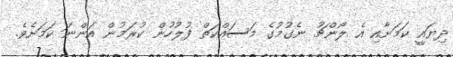
ދިޔައީ ކަމަށާއި އެ ލޯންޗު ނެގުމުގެ މަސައްކަތް ފުލުހުން ކުރަމުން އަންނަ ކަމަށެވެ.